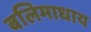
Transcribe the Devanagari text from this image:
बलिमाधाय